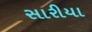
સારીયા